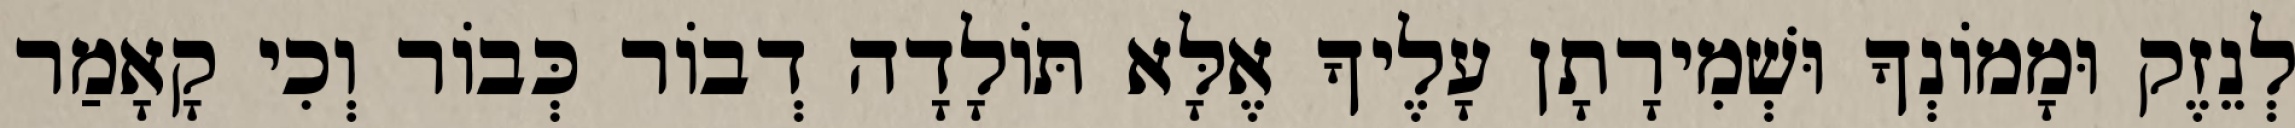
לְנֵזֶק וּמָמוֹנְךָ וּשְׁמִירָתָן עָלֶיךָ אֶלָּא תּוֹלָדָה דְבוֹר כְּבוֹר וְכִי קָאָמַר